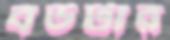
বউটার